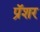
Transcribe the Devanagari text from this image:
प्रॅशर